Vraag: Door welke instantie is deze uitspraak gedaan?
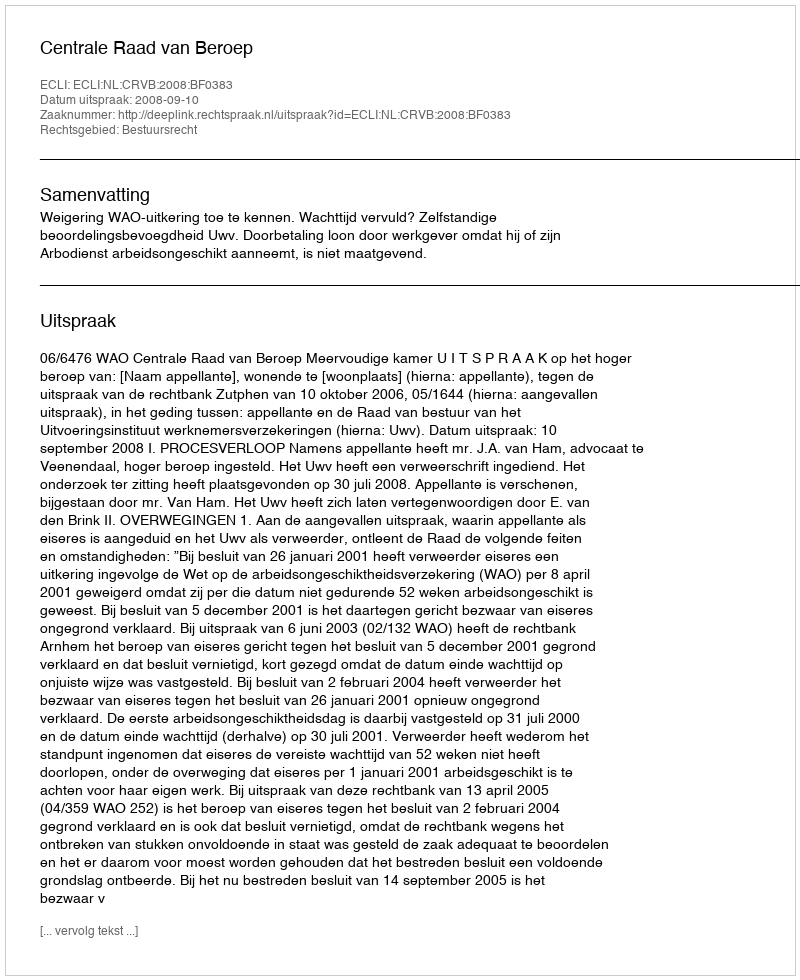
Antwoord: Centrale Raad van Beroep